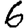
Digit: 6